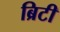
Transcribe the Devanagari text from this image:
ब्रिटी